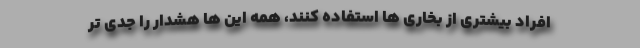
افراد بیشتری از بخاری ها استفاده کنند، همه این ها هشدار را جدی تر